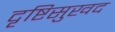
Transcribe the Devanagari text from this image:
दृष्टिसुखद